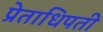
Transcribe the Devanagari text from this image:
प्रेताधिपती